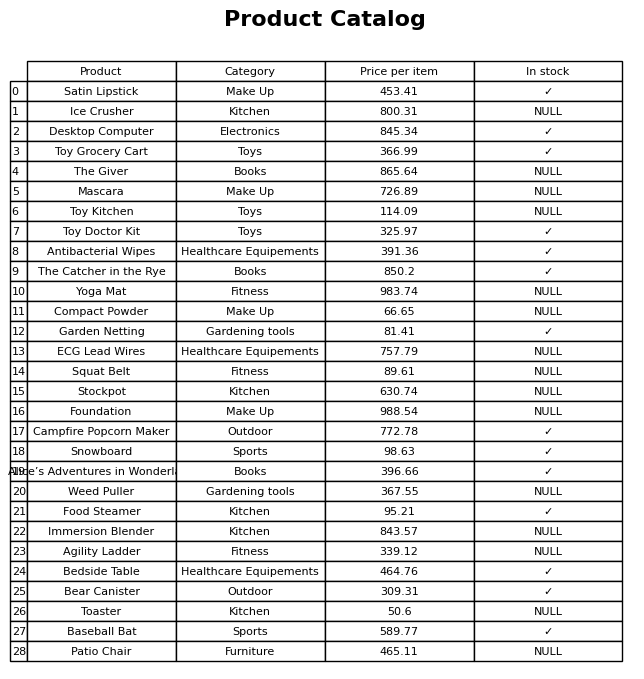
question: Which products are available in stock?
answer: Satin Lipstick, Desktop Computer, Toy Grocery Cart, Toy Doctor Kit, Antibacterial Wipes, The Catcher in the Rye, Garden Netting, Campfire Popcorn Maker, Snowboard, Alice’s Adventures in Wonderland, Food Steamer, Bedside Table, Bear Canister, Baseball Bat